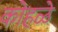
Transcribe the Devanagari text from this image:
कोहळे